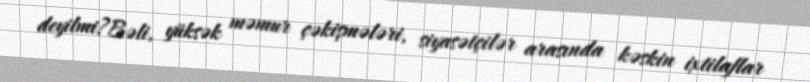
deyilmi?Bəli, yüksək məmur çəkişmələri, siyasətçilər arasında kəskin ixtilaflar